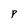
Character: P